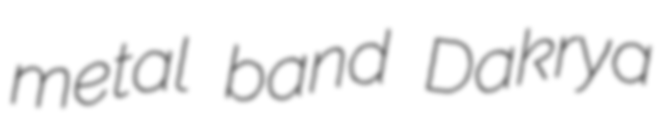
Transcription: metal band Dakrya